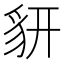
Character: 𧲨